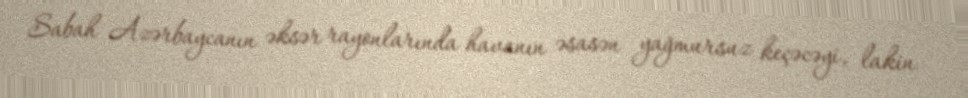
Sabah Azərbaycanın əksər rayonlarında havanın əsasən yağmursuz keçəcəyi, lakin